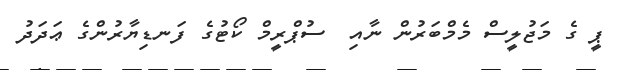
ޕީ ގެ މަޖުލީސް މެމްބަރުން ނާއި  ސުޕްރީމް ކޯޓުގެ ފަނޑިޔާރުންގެ ޢަދަދު